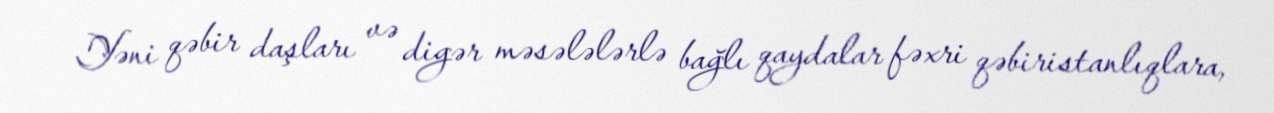
Yəni qəbir daşları və digər məsələlərlə bağlı qaydalar fəxri qəbiristanlıqlara,